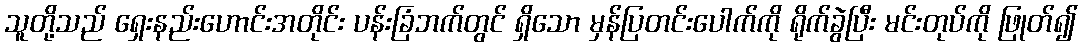
သူတို့သည် ရှေးနည်းဟောင်းအတိုင်း ပန်းခြံဘက်တွင် ရှိသော မှန်ပြတင်းပေါက်ကို ရိုက်ခွဲပြီး မင်းတုပ်ကို ဖြုတ်၍